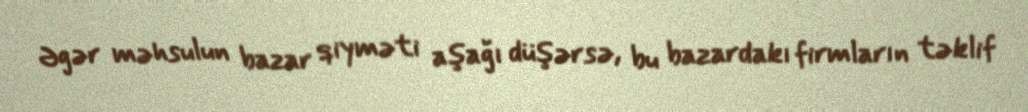
Əgər məhsulun bazar qiyməti aşağı düşərsə, bu bazardakı firmların təklif